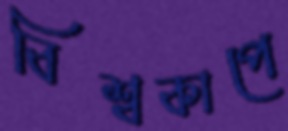
বিশ্বকাপে